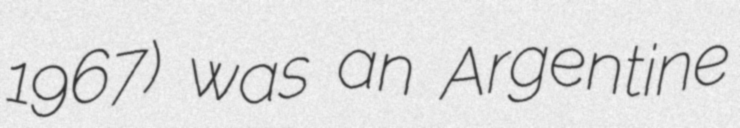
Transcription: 1967) was an Argentine